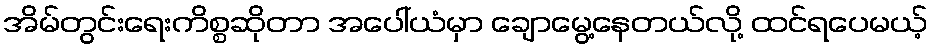
အိမ်တွင်းရေးကိစ္စဆိုတာ အပေါ်ယံမှာ ချောမွေ့နေတယ်လို့ ထင်ရပေမယ့်